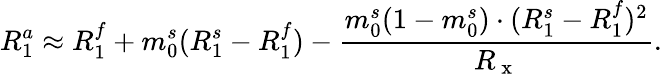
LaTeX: R_{1}^{a}\approx R_{1}^{f}+m_{0}^{s}(R_{1}^{s}-R_{1}^{f})-\frac{m_{0}^{s}(1-m_{0}^{s})\cdot(R_{1}^{s}-R_{1}^{f})^{2}}{R_{\mathrm{~x~}}}.